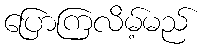
ပြောကြလိမ့်မည်